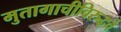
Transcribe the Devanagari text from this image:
मुतागाचीविरुद्धचे